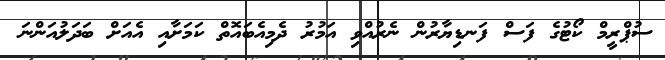
ސުޕްރީމް ކޯޓުގެ ފަސް ފަނޑިޔާރުން ނެރުއްވި އަމުރު ދެމިއެބައޮތް ކަމަށާއި އެއަށް ބަދަލުއަންނަ